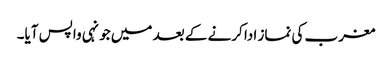
مغرب کی نماز ادا کرنے کے بعد میں جونہی واپس آیا۔